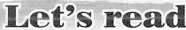
Let's read